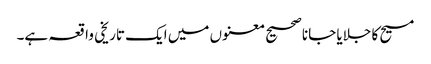
مسیح کا جلایا جانا صحیح معنوں میں ایک تاریخی واقعہ ہے۔